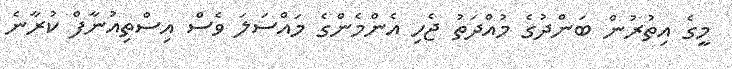
މީގެ އިތުރުން ބަންދުގެ މުއްދަތު ޖެހި އެންމެންގެ މައްސަލަ ވެސް އިސްތިއުނާފް ކުރާނެ